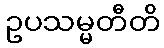
ဥပသမ္မတီတိ